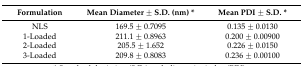
<table><thead><tr><td><b>Formulation</b></td><td><b>Mean Diameter ± S.D. (nm) *</b></td><td><b>Mean PDI ± S.D. *</b></td></tr></thead><tbody><tr><td>NLS</td><td>169.5 ± 0.7095</td><td>0.135 ± 0.0130</td></tr><tr><td>1-Loaded</td><td>211.1 ± 0.8963</td><td>0.200 ± 0.00900</td></tr><tr><td>2-Loaded</td><td>205.5 ± 1.652</td><td>0.226 ± 0.0150</td></tr><tr><td>3-Loaded</td><td>209.8 ± 0.8083</td><td>0.236 ± 0.00100</td></tr></tbody></table>